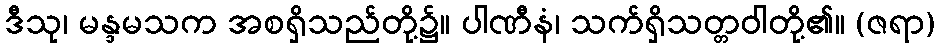
ဒီသု၊ မန္ဒမသက အစရှိသည်တို့၌။ ပါဏီနံ၊ သက်ရှိသတ္တဝါတို့၏။ (ဇရာ)